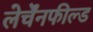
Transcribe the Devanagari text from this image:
लेर्चेंनफील्ड